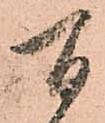
間